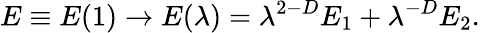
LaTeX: E\equiv E(1)\rightarrow E(\lambda)=\lambda^{2-D}E_{1}+\lambda^{-D}E_{2}.